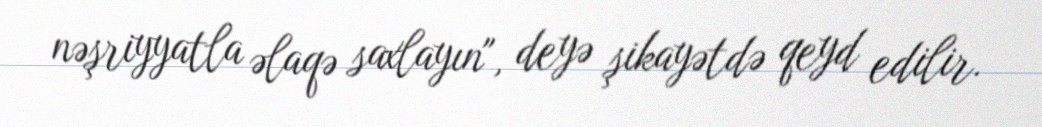
nəşriyyatla əlaqə saxlayın", deyə şikayətdə qeyd edilir.